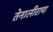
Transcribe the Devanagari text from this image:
तेनालीरामा